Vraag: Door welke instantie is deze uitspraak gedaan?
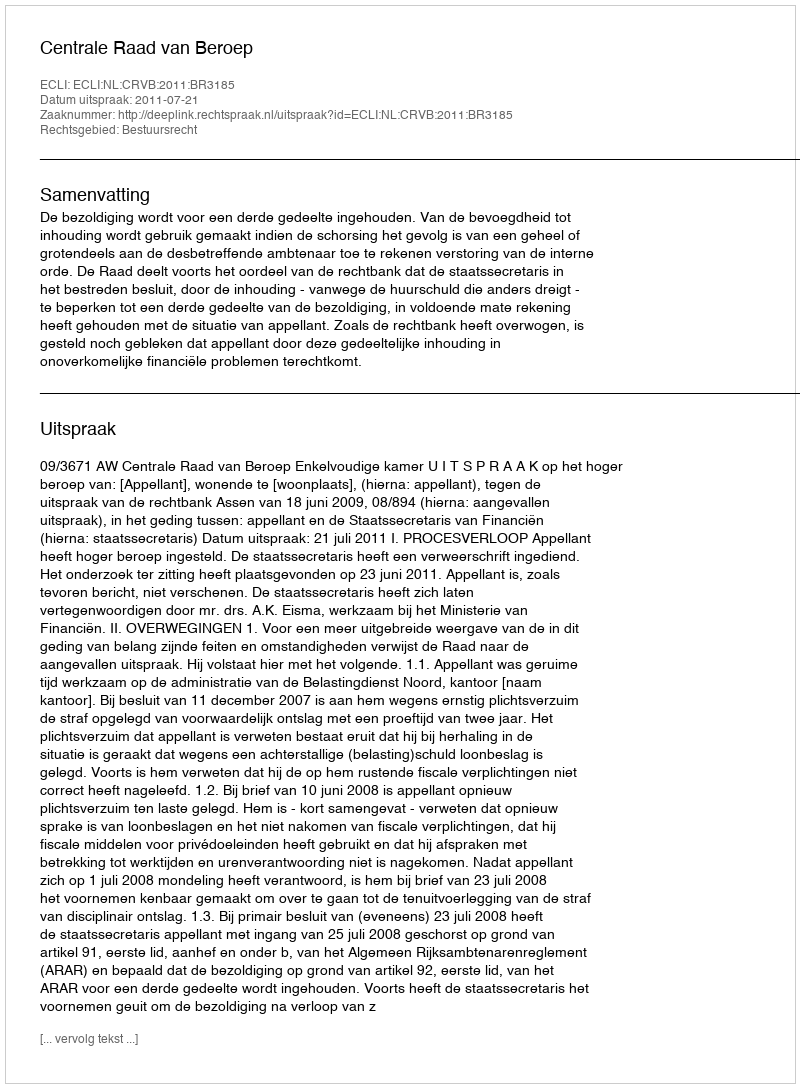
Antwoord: Centrale Raad van Beroep